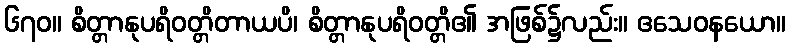
၆၇၀။ စိတ္တာနုပရိဝတ္တိတာယပိ၊ စိတ္တာနုပရိဝတ္တိ၏ အဖြစ်၌လည်း။ ဧသေဝနယော။